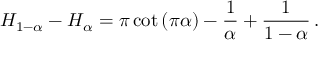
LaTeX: H _ { 1 - \alpha } - H _ { \alpha } = \pi \cot { ( \pi \alpha ) } - { \frac { 1 } { \alpha } } + { \frac { 1 } { 1 - \alpha } } \, .